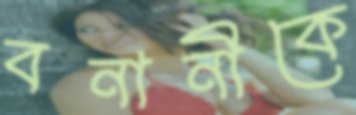
বনানীকে